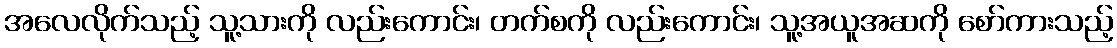
အလေလိုက်သည့် သူ့သားကို လည်းကောင်း၊ တက်စကို လည်းကောင်း၊ သူ့အယူအဆကို စော်ကားသည့်